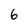
Character: 6